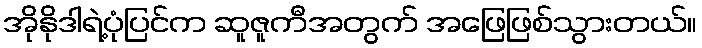
အိုနိုဒါရဲ့ပုံပြင်က ဆူဇူကီအတွက် အဖြေဖြစ်သွားတယ်။